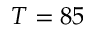
T = 8 5